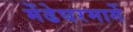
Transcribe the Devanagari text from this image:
मेंढेघरमार्गे